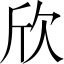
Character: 欣